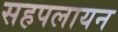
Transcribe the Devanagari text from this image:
सहपलायन